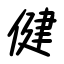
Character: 健